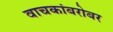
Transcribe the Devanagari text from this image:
वाचकांबरोबर